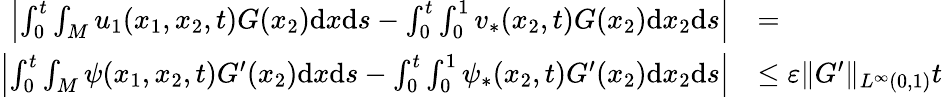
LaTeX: \begin{array}{rl}{\left|\int_{0}^{t}\int_{M}u_{1}(x_{1},x_{2},t)G(x_{2})\mathrm{d}x\mathrm{d}s-\int_{0}^{t}\int_{0}^{1}v_{*}(x_{2},t)G(x_{2})\mathrm{d}x_{2}\mathrm{d}s\right|}&{=}\\ {\left|\int_{0}^{t}\int_{M}\psi(x_{1},x_{2},t)G^{\prime}(x_{2})\mathrm{d}x\mathrm{d}s-\int_{0}^{t}\int_{0}^{1}\psi_{*}(x_{2},t)G^{\prime}(x_{2})\mathrm{d}x_{2}\mathrm{d}s\right|}&{\leq\varepsilon\| G^{\prime}\| _{L^{\infty}(0,1)}t}\end{array}